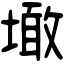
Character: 𡑒